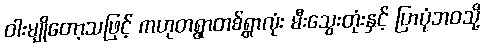
ဝါးမျိုတော့သဖြင့် ကဟုတရွာတစ်ရွာလုံး မီးသွေးတုံးနှင့် ပြာပုံဘဝသို့